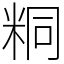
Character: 粡